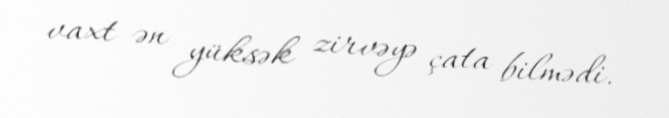
vaxt ən yüksək zirvəyə çata bilmədi.